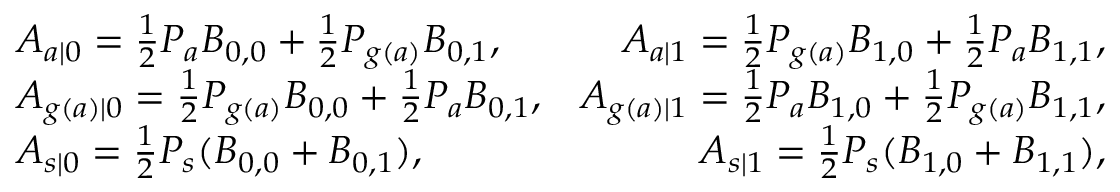
\begin{array} { r l r } & { A _ { a | 0 } = \frac 1 2 P _ { a } B _ { 0 , 0 } + \frac 1 2 P _ { g ( a ) } B _ { 0 , 1 } , } & { A _ { a | 1 } = \frac 1 2 P _ { g ( a ) } B _ { 1 , 0 } + \frac 1 2 P _ { a } B _ { 1 , 1 } , } \\ & { A _ { g ( a ) | 0 } = \frac 1 2 P _ { g ( a ) } B _ { 0 , 0 } + \frac 1 2 P _ { a } B _ { 0 , 1 } , } & { A _ { g ( a ) | 1 } = \frac 1 2 P _ { a } B _ { 1 , 0 } + \frac 1 2 P _ { g ( a ) } B _ { 1 , 1 } , } \\ & { A _ { s | 0 } = \frac 1 2 P _ { s } ( B _ { 0 , 0 } + B _ { 0 , 1 } ) , } & { A _ { s | 1 } = \frac 1 2 P _ { s } ( B _ { 1 , 0 } + B _ { 1 , 1 } ) , } \end{array}